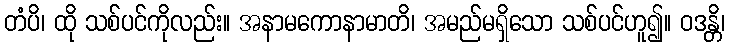
တံပိ၊ ထို သစ်ပင်ကိုလည်း။ အနာမကောနာမာတိ၊ အမည်မရှိသော သစ်ပင်ဟူ၍။ ဝဒန္တိ၊